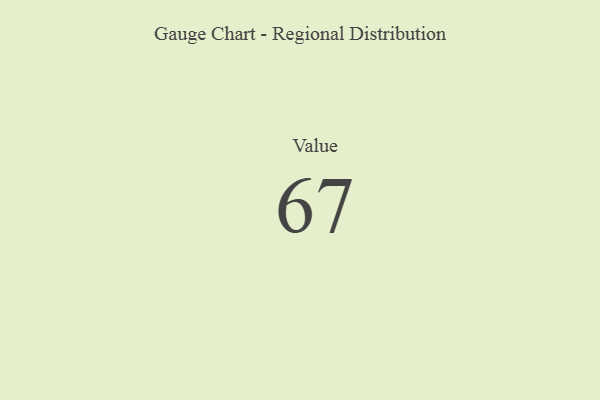
{"axis": {"x": "Metric", "y": "Value"}, "legend": [""], "data": [{"x": "Value", "y": 67, "type": ""}]}